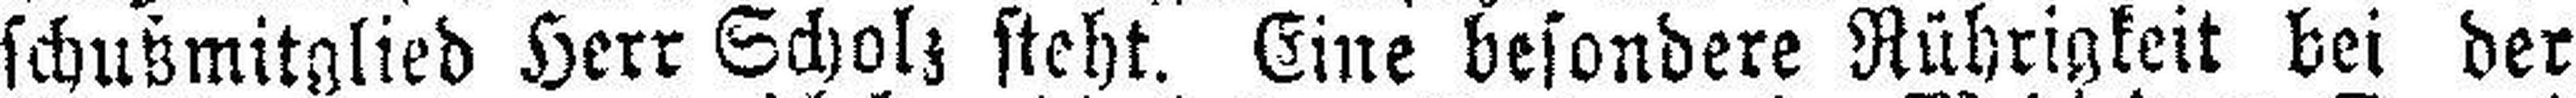
schußmitglied Herr Scholz steht. Eine besondere Rührigkeit bei der